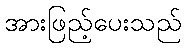
အားဖြည့်ပေးသည်